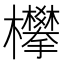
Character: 𣡄